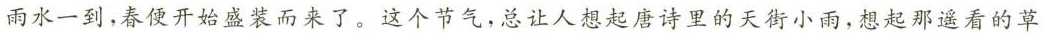
雨水一到，春便开始盛装而来了。这个节气，总让人想起唐诗里的天街小雨，想起那遥看的草